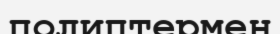
полиптермен